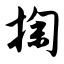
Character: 掬